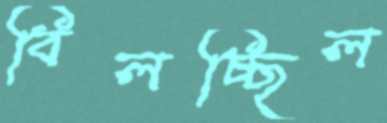
বিলচ্ছিল